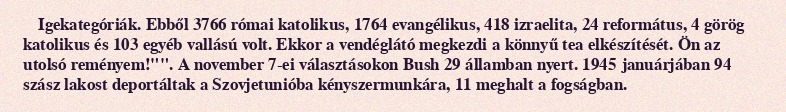
Igekategóriák. Ebből 3766 római katolikus, 1764 evangélikus, 418 izraelita, 24 református, 4 görög katolikus és 103 egyéb vallású volt. Ekkor a vendéglátó megkezdi a könnyű tea elkészítését. Ön az utolsó reményem!"". A november 7-ei választásokon Bush 29 államban nyert. 1945 januárjában 94 szász lakost deportáltak a Szovjetunióba kényszermunkára, 11 meghalt a fogságban.